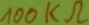
Text: 100kΩ